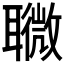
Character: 𦗸